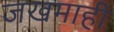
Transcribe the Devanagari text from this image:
जखमाही